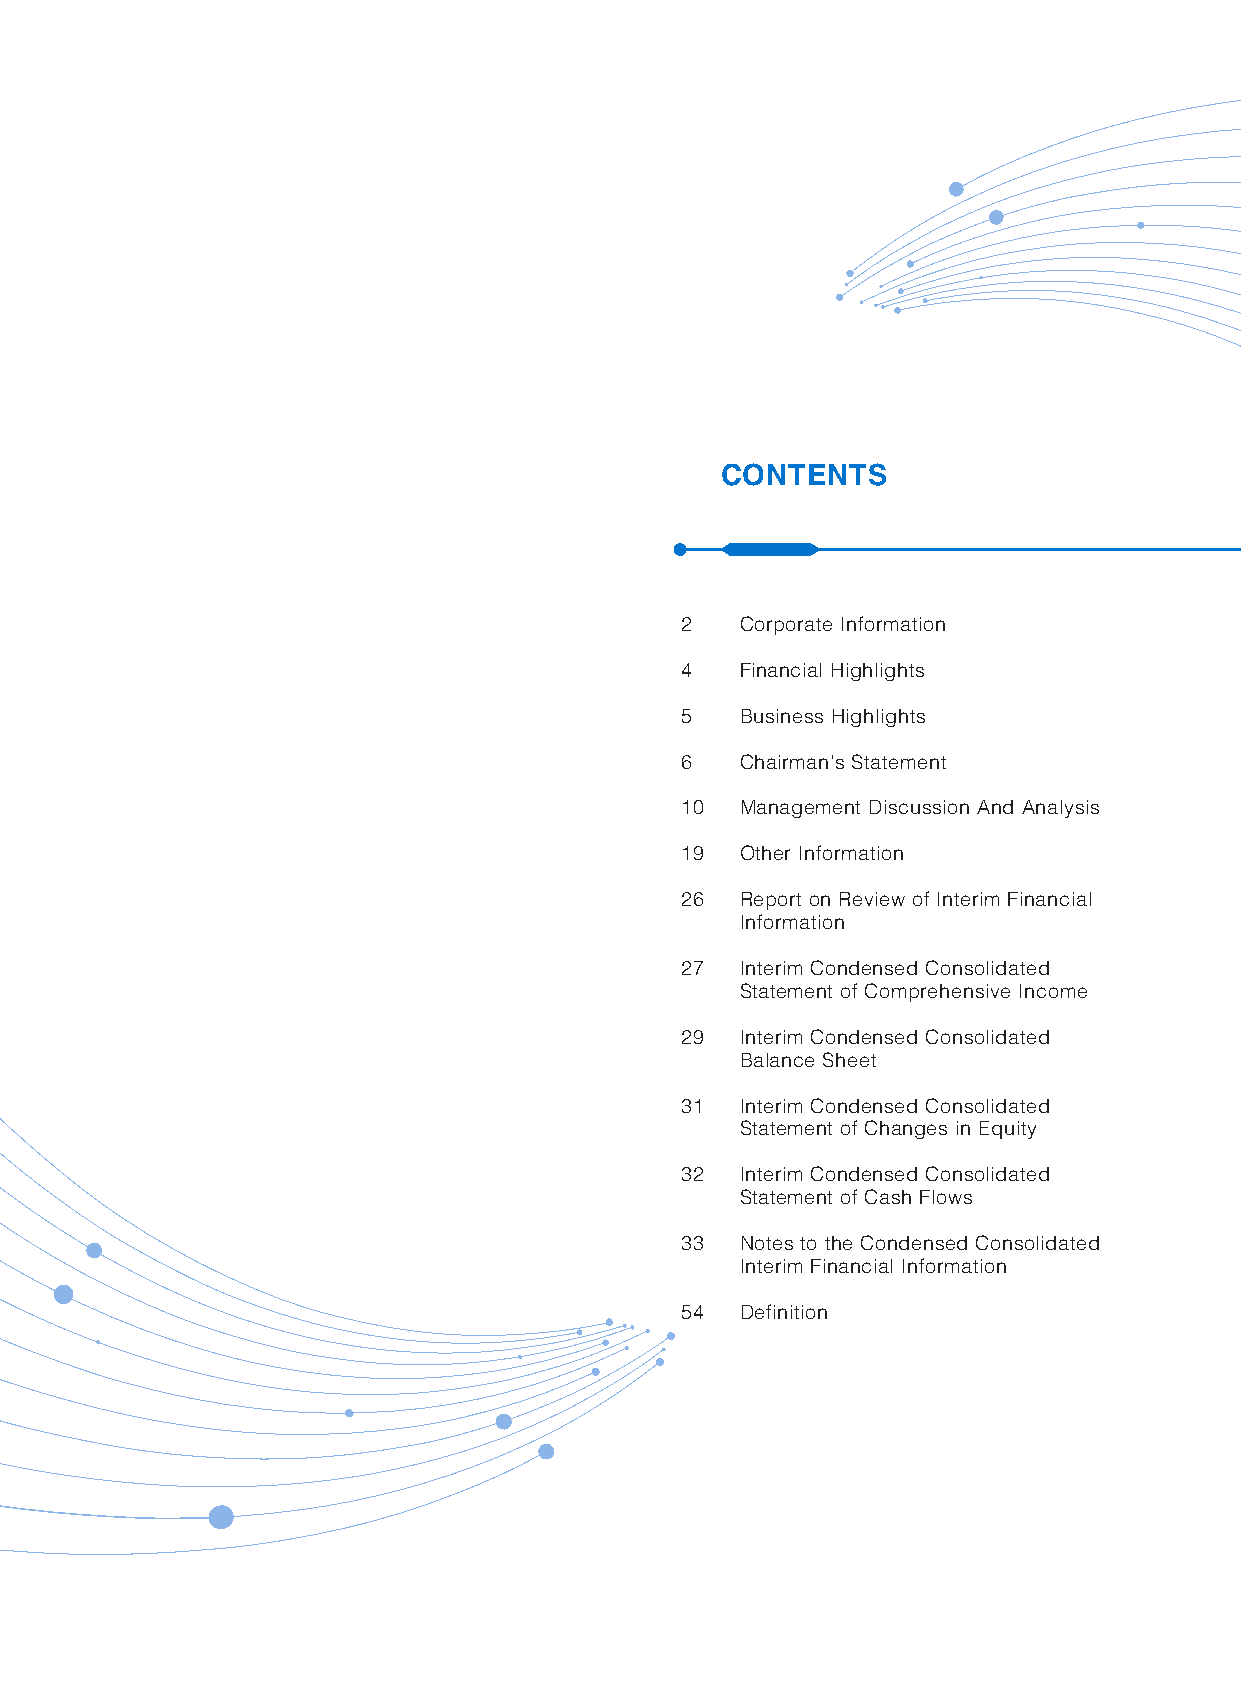
CONTENTS
 2   Corporate Information
 4   Financial Highlights
 5   Business Highlights
 6   Chairman’s Statement
 10  Management Discussion And Analysis
 19  Other Information
 26  Report on Review of Interim Financial
 Information
 27  Interim Condensed Consolidated
 Statement of Comprehensive Income
 29  Interim Condensed Consolidated
 Balance Sheet
 31  Interim Condensed Consolidated
 Statement of Changes in Equity
 32  Interim Condensed Consolidated
 Statement of Cash Flows
 33  Notes to the Condensed Consolidated
 Interim Financial Information
 54  Definition